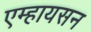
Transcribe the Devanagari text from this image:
एम्हायसन